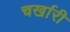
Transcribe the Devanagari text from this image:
चर्खारी